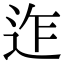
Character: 迮